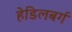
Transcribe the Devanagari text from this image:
हेडिलबर्ग